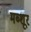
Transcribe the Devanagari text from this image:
मब्शूर